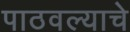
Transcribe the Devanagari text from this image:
पाठवल्याचे